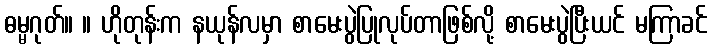
ဓမ္မဂုတ်။ ။ ဟိုတုန်းက နယုန်လမှာ စာမေးပွဲပြုလုပ်တာဖြစ်လို့ စာမေးပွဲပြီးယင် မကြာခင်